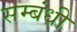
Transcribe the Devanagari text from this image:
सम्‍बंधी